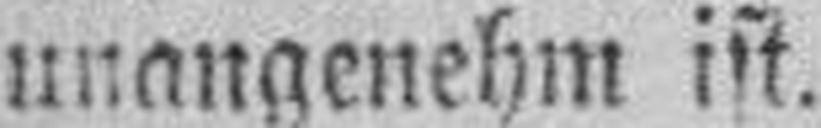
unangenehm ist.